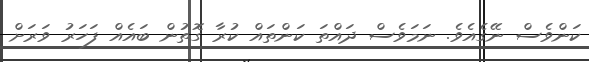
ކަންވެސް ނޭގެއެވެ. ނަމަވެސް ދައްތަ ކަންތައް ކުރާ ގޮތުން ބައެއް ފަހަރު ވަރަށް